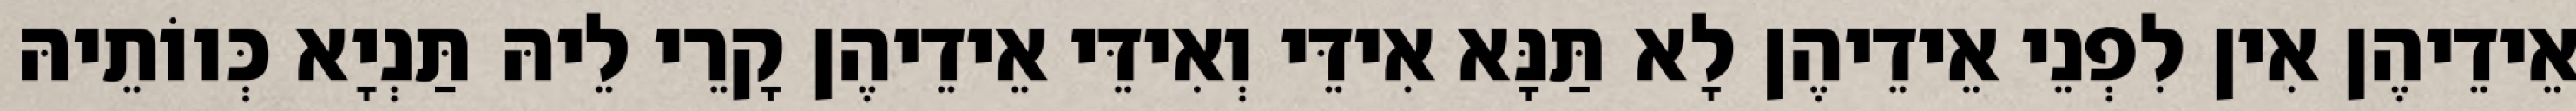
אֵידֵיהֶן אִין לִפְנֵי אֵידֵיהֶן לָא תַּנָּא אִידֵּי וְאִידֵּי אֵידֵיהֶן קָרֵי לֵיהּ תַּנְיָא כְּווֹתֵיהּ